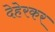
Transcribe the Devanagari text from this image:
देहेरकर